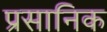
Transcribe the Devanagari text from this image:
प्रसानिक